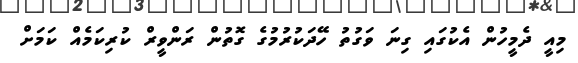
މިއީ ދެމީހުން އެކުގައި ގިނަ ވަގުތު ހޭދަކުރުމުގެ ގޮތުން ރަންވީރް ކުރިކަމެއް ކަމަށް